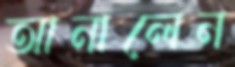
আনালেন